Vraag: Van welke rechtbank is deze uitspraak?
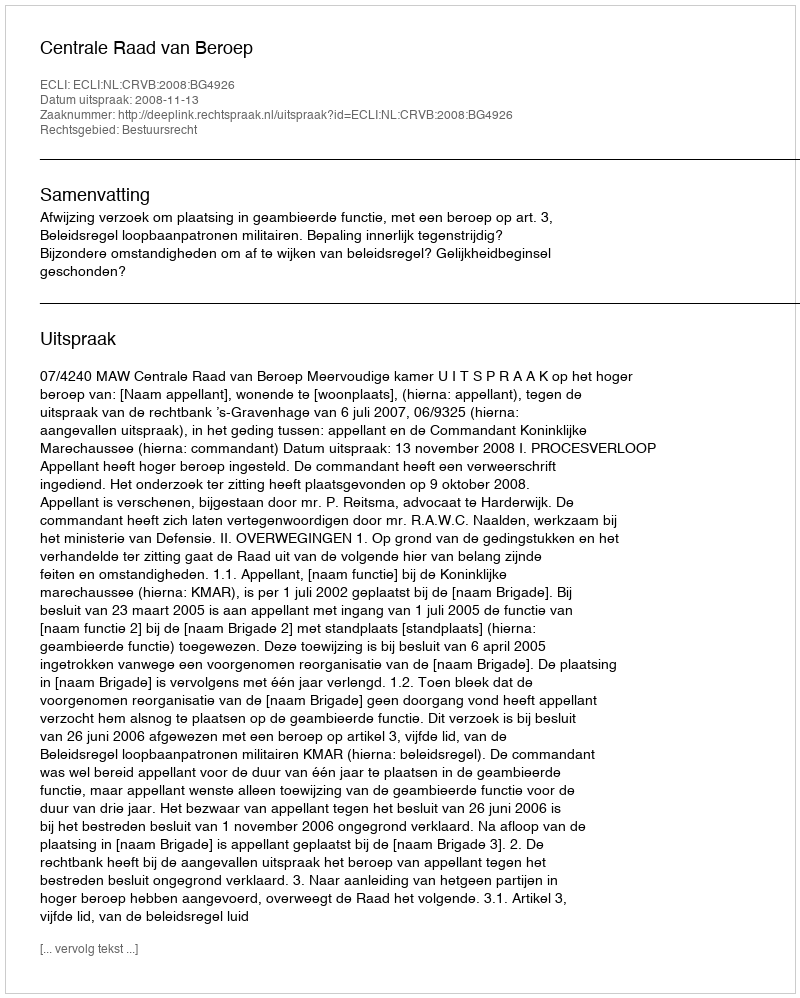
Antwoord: Centrale Raad van Beroep